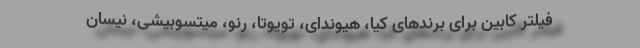
فیلتر کابین برای برندهای کیا، هیوندای، تویوتا، رنو، میتسوبیشی، نیسان